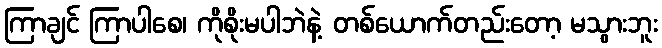
ကြာချင် ကြာပါစေ၊ ကိုစိုးမပါဘဲနဲ့ တစ်ယောက်တည်းတော့ မသွားဘူး